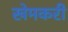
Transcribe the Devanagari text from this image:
खेमकरी